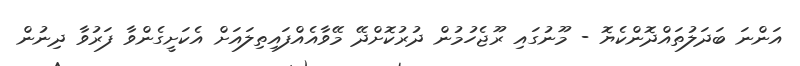
އަންނަ ބަދަލުތައްދޮންކެޔޮ - މޫނުގައި ރޫޖެހުމުން ދުރުކޮށްދޭ މޭވާއެއްފައިތިލައަށް އެކަށީގެންވާ ފަރުވާ ދިނުން